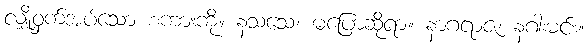
လျှို့ဝှက်အပ်သော စကားကို။ နသံသေ၊ မပြောဆိုရာ။ နာဂရာဇ၊ နဂါးမင်း။